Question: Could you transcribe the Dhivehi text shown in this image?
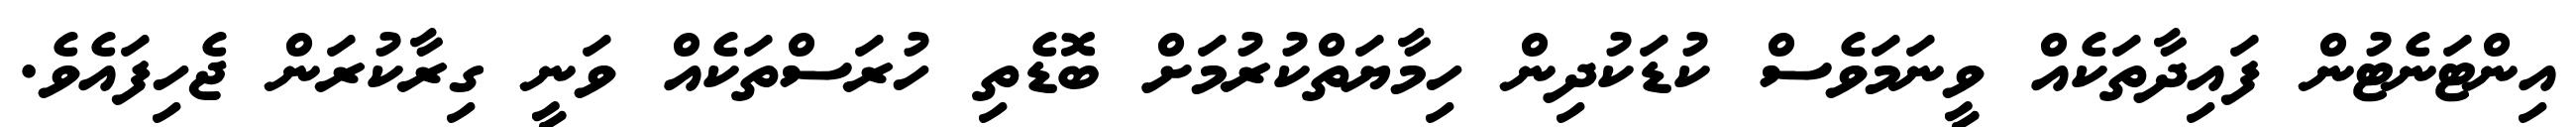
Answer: އިންޓަނެޓުން ފައިދާތަކެއް ވީނަމަވެސް ކުޑަކުދިން ހިމާޔަތްކުރުމަށް ބޮޑެތި ހުރަސްތަކެއް ވަނީ ގިރާކުރަން ޖެހިފައެވެ.